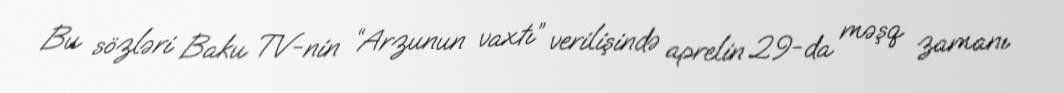
Bu sözləri Baku TV-nin “Arzunun vaxtı” verilişində aprelin 29-da məşq zamanı